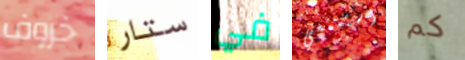
خروف ستار في استمتعي كم